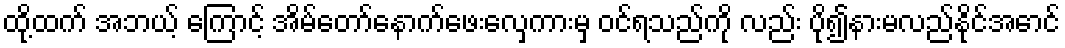
ထို့ထက် အဘယ့် ကြောင့် အိမ်တော်နောက်ဖေးလှေကားမှ ဝင်ရသည်ကို လည်း ပို၍နားမလည်နိုင်အောင်